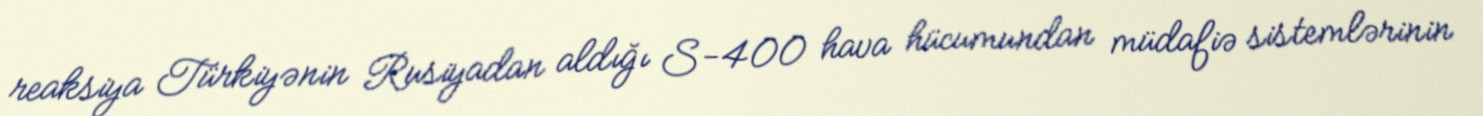
reaksiya Türkiyənin Rusiyadan aldığı S-400 hava hücumundan müdafiə sistemlərinin